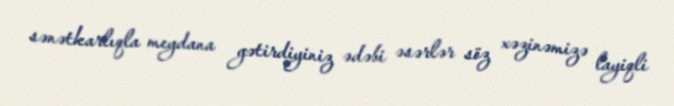
sənətkarlıqla meydana gətirdiyiniz ədəbi əsərlər söz xəzinəmizə layiqli